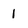
Character: 1